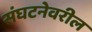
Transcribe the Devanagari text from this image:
संघटनेवरील